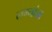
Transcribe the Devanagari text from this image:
लग्नांचा